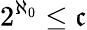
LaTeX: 2^{\aleph_{0}}\leq{\mathfrak{c}}